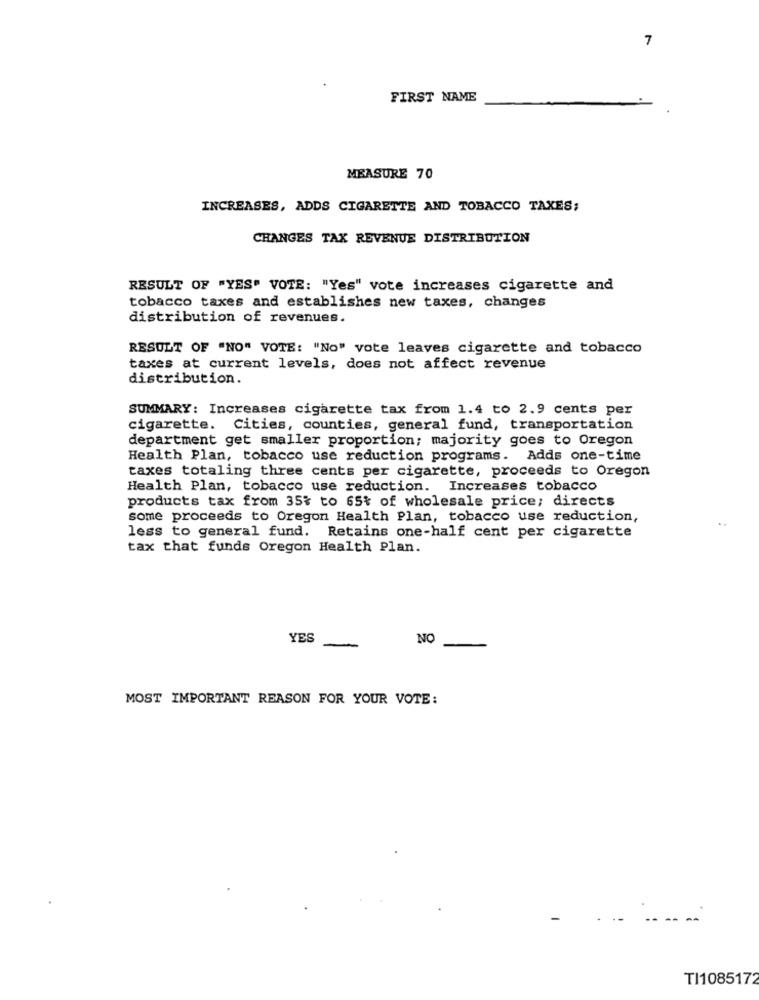
7
FIRST NAME
MEASURE 70
INCREASES, ADDS CIGARETTE AND TOBACCO TAXES;
CHANGES TAX REVENUE DISTRIBUTION
RESULT OF "YES" VOTE: "Yes" vote increases cigarette and
tobacco taxes and establishes new taxes, changes
distribution of revenues.
RESULT OF "NO" VOTE: "No" vote leaves cigarette and tobacco
taxes at current levels, does not affect revenue
distribution.
SUMMARY: Increases cigarette tax from 1.4 to 2.9 cents per
cigarette. Cities, counties, general fund, transportation
department get smaller proportion; majority goes to Oregon
Health Plan, tobacco use reduction programs. Adds one-time
taxes totaling three cents per cigarette, proceeds to Oregon
Health Plan, tobacco use reduction. Increases tobacco
products tax from 35% to 65% of wholesale price; directs
some proceeds to Oregon Health Plan, tobacco use reduction,
less to general fund. Retains one-half cent per cigarette
tax that funds Oregon Health Plan.
YES
-
NO
MOST IMPORTANT REASON FOR YOUR VOTE:
TI1085172